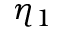
\eta _ { 1 }